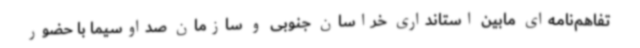
تفاهم‌نامه‌ای مابین استانداری خراسان جنوبی و سازمان صداوسیما با حضور